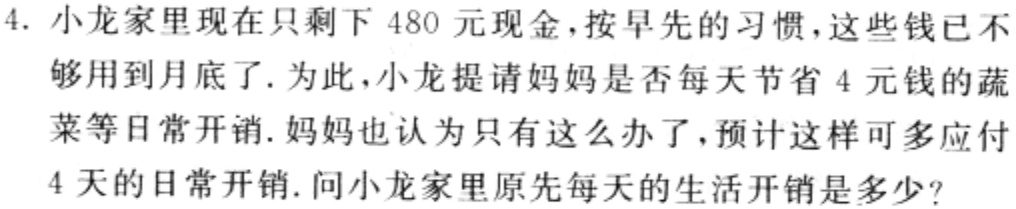
4. 小龙家里现在只剩下 480 元现金，按早先的习惯，这些钱已不够用到月底了. 为此，小龙提请妈妈是否每天节省 4 元钱的蔬菜等日常开销. 妈妈也认为只有这么办了，预计这样可多应付4 天的日常开销. 问小龙家里原先每天的生活开销是多少?